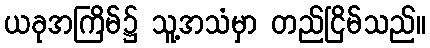
ယခုအကြိမ်၌ သူ့အသံမှာ တည်ငြိမ်သည်။